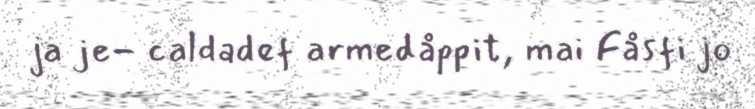
ja je- caldadef armedåppit, mai Fåsfi jo